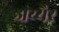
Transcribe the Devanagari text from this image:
अय्यैर